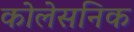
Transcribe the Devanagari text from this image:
कोलेसनिक